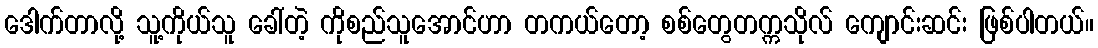
ဒေါက်တာလို့ သူ့ကိုယ်သူ ခေါ်တဲ့ ကိုစည်သူအောင်ဟာ တကယ်တော့ စစ်တွေတက္ကသိုလ် ကျောင်းဆင်း ဖြစ်ပါတယ်။